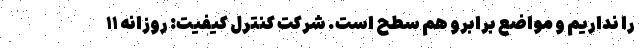
را نداریم و مواضع برابرو هم سطح است. شرکت کنترل کیفیت: روزانه ۱۱